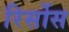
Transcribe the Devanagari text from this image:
रिर्सोस